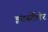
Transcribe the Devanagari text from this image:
इंटर्स्टेलेर